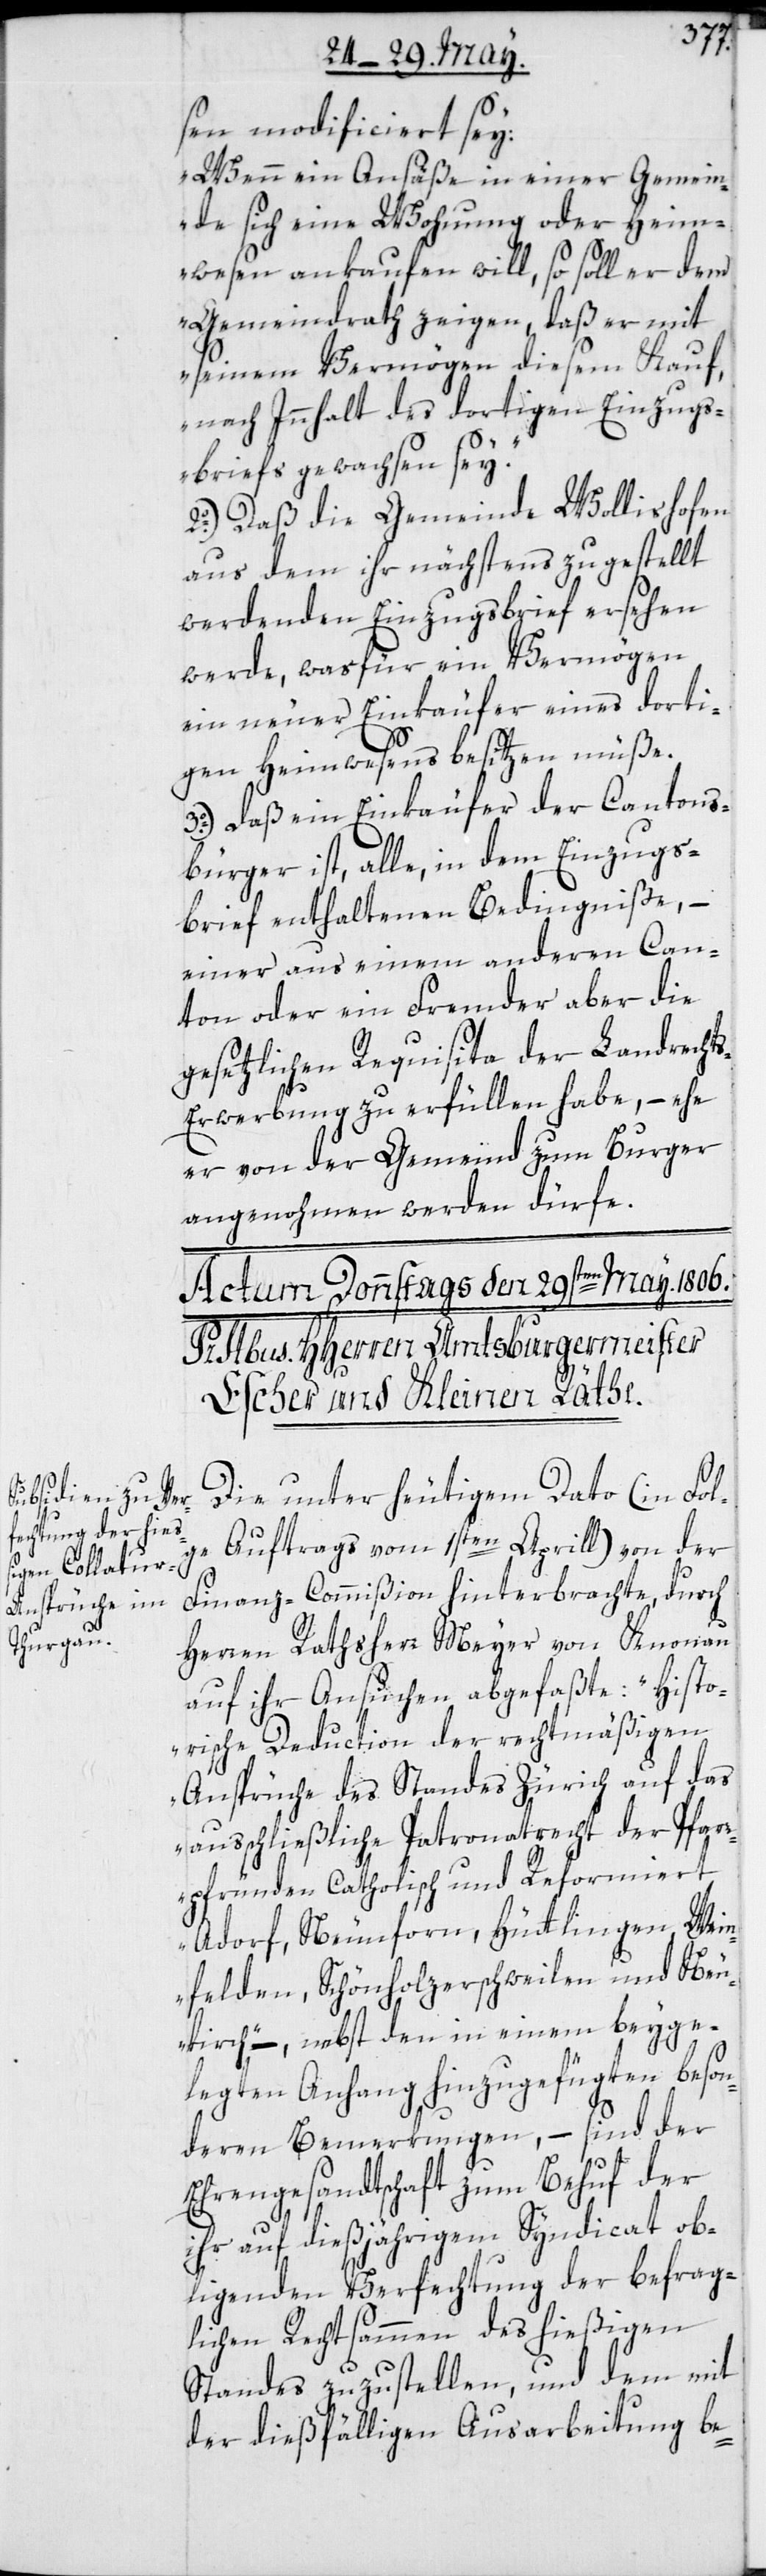
sen modificiert sey:
„Wenn ein Ansäße einer Gemein¬
de sich eine Wohnung oder Heim¬
wesen ankaufen will, so soll er dem
Gemeindrath zeigen, daß er mit
seinem Vermögen diesem Kauf
nach Innhalt des dortigen Einzugs¬
briefes gewachsen sey“.
2o.) Daß die Gemeinde Wollishofen
aus dem ihr nächstens zugestellt
werdenden Einzugsbrief ersehen
werde, was für ein Vermögen
ein neuer Einkäufer eines dorti¬
gen Heimwesens besitzen müße.
3o.) Daß ein Einkäufer der Cantons¬
bürger ist, alle in dem Einzugs¬
brief enthaltenen Bedingniße, –
einer aus einem anderen Can¬
ton oder ein Fremder aber die
gesetzlichen Requisita der Landrecht¬
s-Erwerbung zu erfüllen habe, – ehe
er von der Gemeind zum Burger
angenohmen werden dürfe.
Die unter heutigem Dato (in Fol¬
ge Auftrags vom 1sten Aprill) von der
Finanz-Commißion hinterbrachte, durch
Herren Rathsherr Meyer von Knonau
auf ihr Ansuchen abgefaßte: „Histo¬
rische Deduction der rechtmäßigen
Ansprüche des Standes Zürich auf das
ausschließliche Patronatrecht der Pfar¬
rpfünden Catholisch und Reformiert
Adorf, Neunforn, Hüttlingen, Wein¬
felden, Schönholzerschweilen und Neu¬
kirch“, –, nebst den in einem beyge¬
legten Anhang hinzugefügten beson¬
deren Bemerkungen, – sind der
Ehrengesandtschaft zum Behuf der
ihr auf dießjährigem Syndicat ob¬
liegenden Verfechtung der befrag¬
lichen Rechtsammen des hießigen
Standes zuzustellen, und dem mit
der dießfälligen Ausarbeitung be-